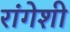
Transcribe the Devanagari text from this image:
रांगेशी